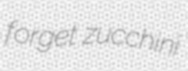
forget zucchini